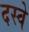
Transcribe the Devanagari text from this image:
दस्वे